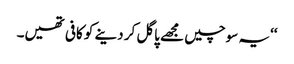
‘‘یہ سوچیں مجھے پاگل کر دینے کو کافی تھیں۔